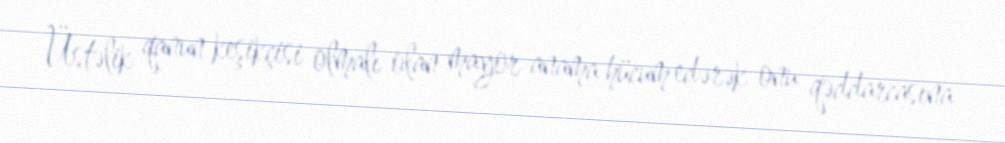
Üstəlik qanun keşikçisi olmalı olan mayor anama hücum edərək onu qəddarcasına